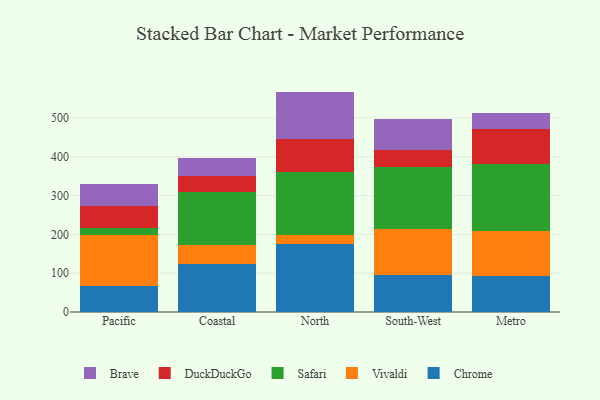
{"axis": {"x": "Region", "y": "Operating Costs (USD K)"}, "legend": ["Brave", "Chrome", "DuckDuckGo", "Safari", "Vivaldi"], "data": [{"x": "Pacific", "y": 66.9, "type": "Chrome"}, {"x": "Pacific", "y": 131.5, "type": "Vivaldi"}, {"x": "Pacific", "y": 17.2, "type": "Safari"}, {"x": "Pacific", "y": 58.4, "type": "DuckDuckGo"}, {"x": "Pacific", "y": 55.6, "type": "Brave"}, {"x": "Coastal", "y": 124.5, "type": "Chrome"}, {"x": "Coastal", "y": 48.0, "type": "Vivaldi"}, {"x": "Coastal", "y": 135.7, "type": "Safari"}, {"x": "Coastal", "y": 41.2, "type": "DuckDuckGo"}, {"x": "Coastal", "y": 48.1, "type": "Brave"}, {"x": "North", "y": 175.9, "type": "Chrome"}, {"x": "North", "y": 22.1, "type": "Vivaldi"}, {"x": "North", "y": 163.3, "type": "Safari"}, {"x": "North", "y": 84.6, "type": "DuckDuckGo"}, {"x": "North", "y": 122.2, "type": "Brave"}, {"x": "South-West", "y": 94.6, "type": "Chrome"}, {"x": "South-West", "y": 118.8, "type": "Vivaldi"}, {"x": "South-West", "y": 159.6, "type": "Safari"}, {"x": "South-West", "y": 45.6, "type": "DuckDuckGo"}, {"x": "South-West", "y": 80.0, "type": "Brave"}, {"x": "Metro", "y": 92.8, "type": "Chrome"}, {"x": "Metro", "y": 116.7, "type": "Vivaldi"}, {"x": "Metro", "y": 172.9, "type": "Safari"}, {"x": "Metro", "y": 88.1, "type": "DuckDuckGo"}, {"x": "Metro", "y": 41.9, "type": "Brave"}]}